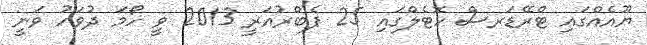
ޔޫއެއްގައި ޓްރޭޑަރސް ހޮޓެލްގައި 25 ފެބްރުއަރީ 2013 ވީ ހޯމަ ދުވަހު ވަނީ